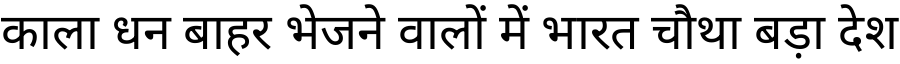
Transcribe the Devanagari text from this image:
काला धन बाहर भेजने वालों में भारत चौथा बड़ा देश